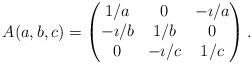
LaTeX: \begin{align*}A(a,b,c) =\left(\begin{matrix} 1/a & 0 & -\imath/a \cr-\imath/b & 1/b & 0 \cr0 & -\imath/c & 1/c \cr\end{matrix}\right).\end{align*}